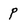
Character: p